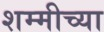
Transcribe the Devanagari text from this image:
शम्मीच्या